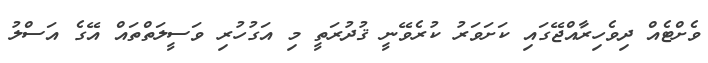
ވެށްޓެއް ދިވެހިރާއްޖޭގައި ކަށަވަރު ކުރެވޭނީ ޤުދުރަތީ މި އަގުހުރި ވަސީލަތްތައް އޭގެ އަސްލު